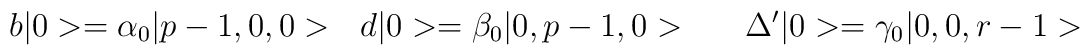
b\vert 0 > = \alpha_0 \vert p-1 , 0 , 0 > \ \ \ \\ d\vert 0 > = \beta_0\vert 0 , p-1 , 0 >   \ \ \ \ \  \Delta '\vert 0 > = \gamma_0\vert 0 , 0 , r-1>